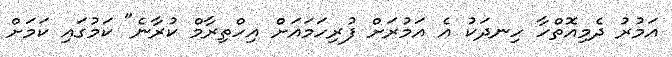
އަމުރު ދެމިއޮތްހާ ހިނދަކު އެ އަމުރަށް ފުރިހަމައަށް އިހްތިރާމް ކުރާނެ" ކަމުގައި ކަމަށް